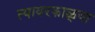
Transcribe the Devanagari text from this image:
त्यावरकाळ्या